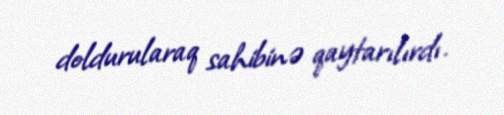
doldurularaq sahibinə qaytarılırdı.